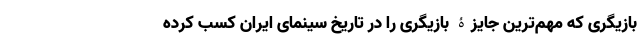
بازیگری که مهم‌ترین جایزۀ بازیگری را در تاریخ سینمای ایران کسب کرده